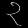
Digit: ၃